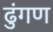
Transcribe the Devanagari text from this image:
ढुंगण